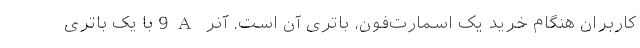
کاربران هنگام خرید یک اسمارت‌فون، باتری آن است. آنر 9A با یک باتری